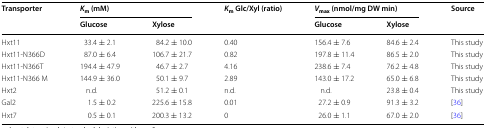
| <ROWSPAN=2> Transporter | <COLSPAN=2> Km (mM) | <ROWSPAN=2> Km Glc/Xyl (ratio) | <COLSPAN=2> Vmax (nmol/mg DW min) | <ROWSPAN=2> Source |
 | Glucose | Xylose | Glucose | Xylose |
 | --- | --- | --- | --- | --- | --- | --- |
 | Hxt11 | 33.4 ± 2.1 | 84.2 ± 10.0 | 0.40 | 156.4 ± 7.6 | 84.6 ± 2.4 | This study |
 | Hxt11-N366D | 87.0 ± 6.4 | 106.7 ± 21.7 | 0.82 | 197.8 ± 11.4 | 86.5 ± 2.0 | This study |
 | Hxt11-N366T | 194.4 ± 47.9 | 46.7 ± 2.7 | 4.16 | 238.6 ± 7.4 | 76.2 ± 4.8 | This study |
 | Hxt11-N366 M | 144.9 ± 36.0 | 50.1 ± 9.7 | 2.89 | 143.0 ± 17.2 | 65.0 ± 6.8 | This study |
 | Hxt2 | n.d. | 51.2 ± 0.1 | n.d. | n.d. | 23.8 ± 0.4 | This study |
 | Gal2 | 1.5 ± 0.2 | 225.6 ± 15.8 | 0.01 | 27.2 ± 0.9 | 91.3 ± 3.2 | [36] |
 | Hxt7 | 0.5 ± 0.1 | 200.3 ± 13.2 | 0 | 26.0 ± 1.1 | 67.0 ± 2.0 | [36] |